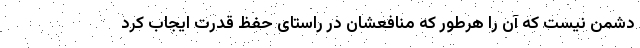
دشمن نیست که آن را هرطور که منافعشان در راستای حفظ قدرت ایجاب کرد